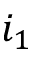
i _ { 1 }